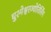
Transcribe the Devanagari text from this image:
घुश्मेश्वरज्योतिर्लिंग